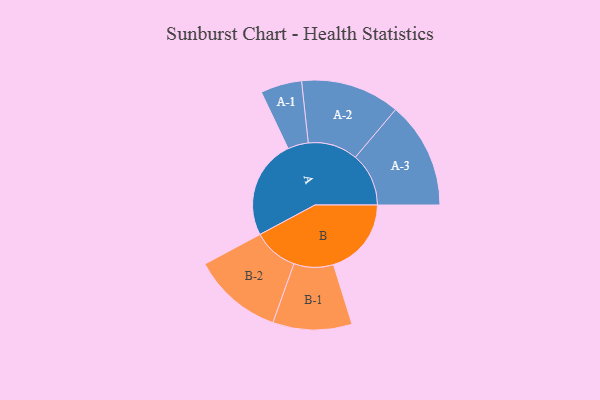
{"axis": {"x": "Segment", "y": "Value"}, "legend": ["", "A", "B"], "data": [{"x": "A", "y": 482, "type": ""}, {"x": "B", "y": 378, "type": ""}, {"x": "A-1", "y": 100, "type": "A"}, {"x": "A-2", "y": 241, "type": "A"}, {"x": "A-3", "y": 259, "type": "A"}, {"x": "B-1", "y": 192, "type": "B"}, {"x": "B-2", "y": 219, "type": "B"}]}